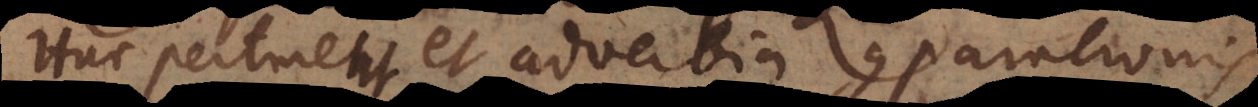
Huc pertinent et adverbia comparationis